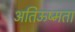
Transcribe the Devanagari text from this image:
अतिऊष्मता